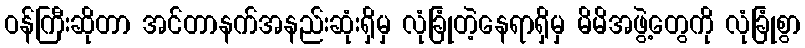
ဝန်ကြီးဆိုတာ အင်တာနက်အနည်းဆုံးရှိမှ လုံခြုံတဲ့နေရာရှိမှ မိမိအဖွဲ့တွေကို လုံခြုံစွာ